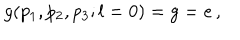
LaTeX: g ( p _ { 1 } , p _ { 2 } , p _ { 3 } ; l = 0 ) = g = e \, ,